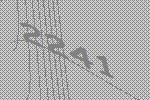
2241